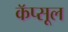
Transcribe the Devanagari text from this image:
कॅप्सूल